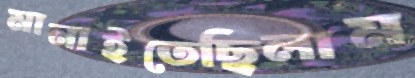
মানাইতেছিলাম